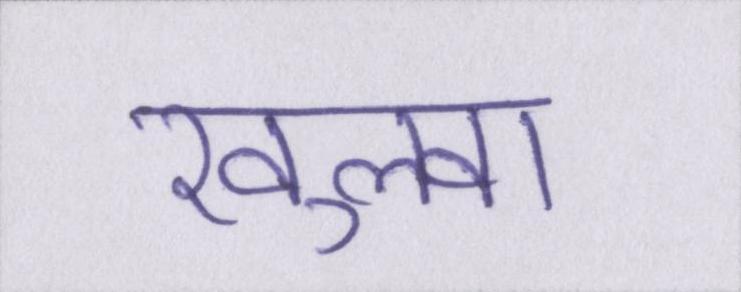
खुलवा